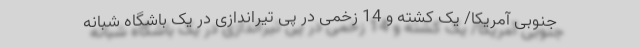
جنوبی آمریکا/ یک کشته و 14 زخمی در پی تیراندازی در یک باشگاه شبانه